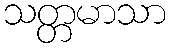
သတ္တမာသာ